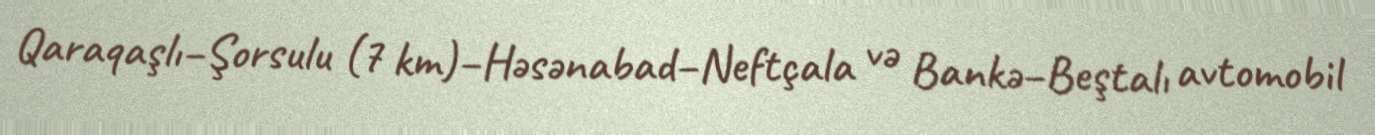
Qaraqaşlı–Şorsulu (7 km)–Həsənabad–Neftçala və Bankə–Beştalı avtomobil